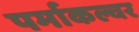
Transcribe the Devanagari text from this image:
पर्माकल्चर